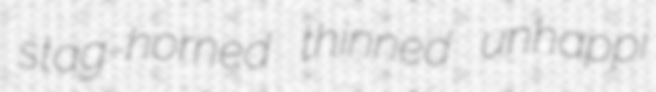
stag-horned thinned unhappi